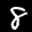
Label: 8